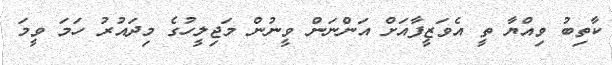
ކާތިބު ވިއްޔާ ތީ އެވަޒީފާއަށް އަންނަން ވީނުން މަޖިލީހުގެ މިދައުރު ހަމަ ވީމަ